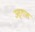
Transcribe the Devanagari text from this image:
उस्तास